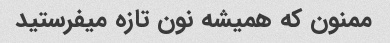
ممنون که همیشه نون تازه میفرستید